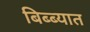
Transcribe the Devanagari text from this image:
बिब्ब्यात